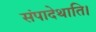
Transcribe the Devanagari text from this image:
संपादेथाति।